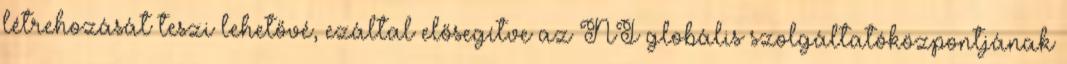
létrehozását teszi lehetővé, ezáltal elősegítve az NI globális szolgáltatóközpontjának